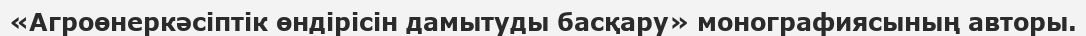
«Агроөнеркәсіптік өндірісін дамытуды басқару» монографиясының авторы.